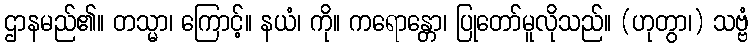
ဌာနမည်၏။ တသ္မာ၊ ကြောင့်။ နယံ၊ ကို။ ကရောန္တော၊ ပြုတော်မူလိုသည်။ (ဟုတွာ၊) သဗ္ဗံ